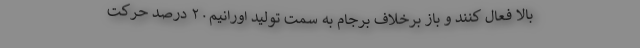
بالا فعال کنند و باز برخلاف برجام به سمت تولید اورانیم۲۰ درصد حرکت